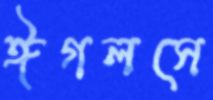
ঈগলসে